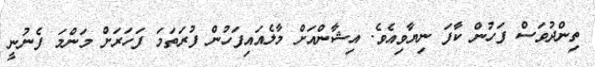
ތިންދުވަސް ފަހުން ކާފަ ނިޔާވިއެވެ. އިޝާންއަށް މާލެއައިފަހުން ފުރަތަމަ ފަހަރަށް މަންމަ ފެނުނީ